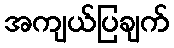
အကျယ်ပြချက်